Vabadussoja_Ajaloo_Komitee, lk 15
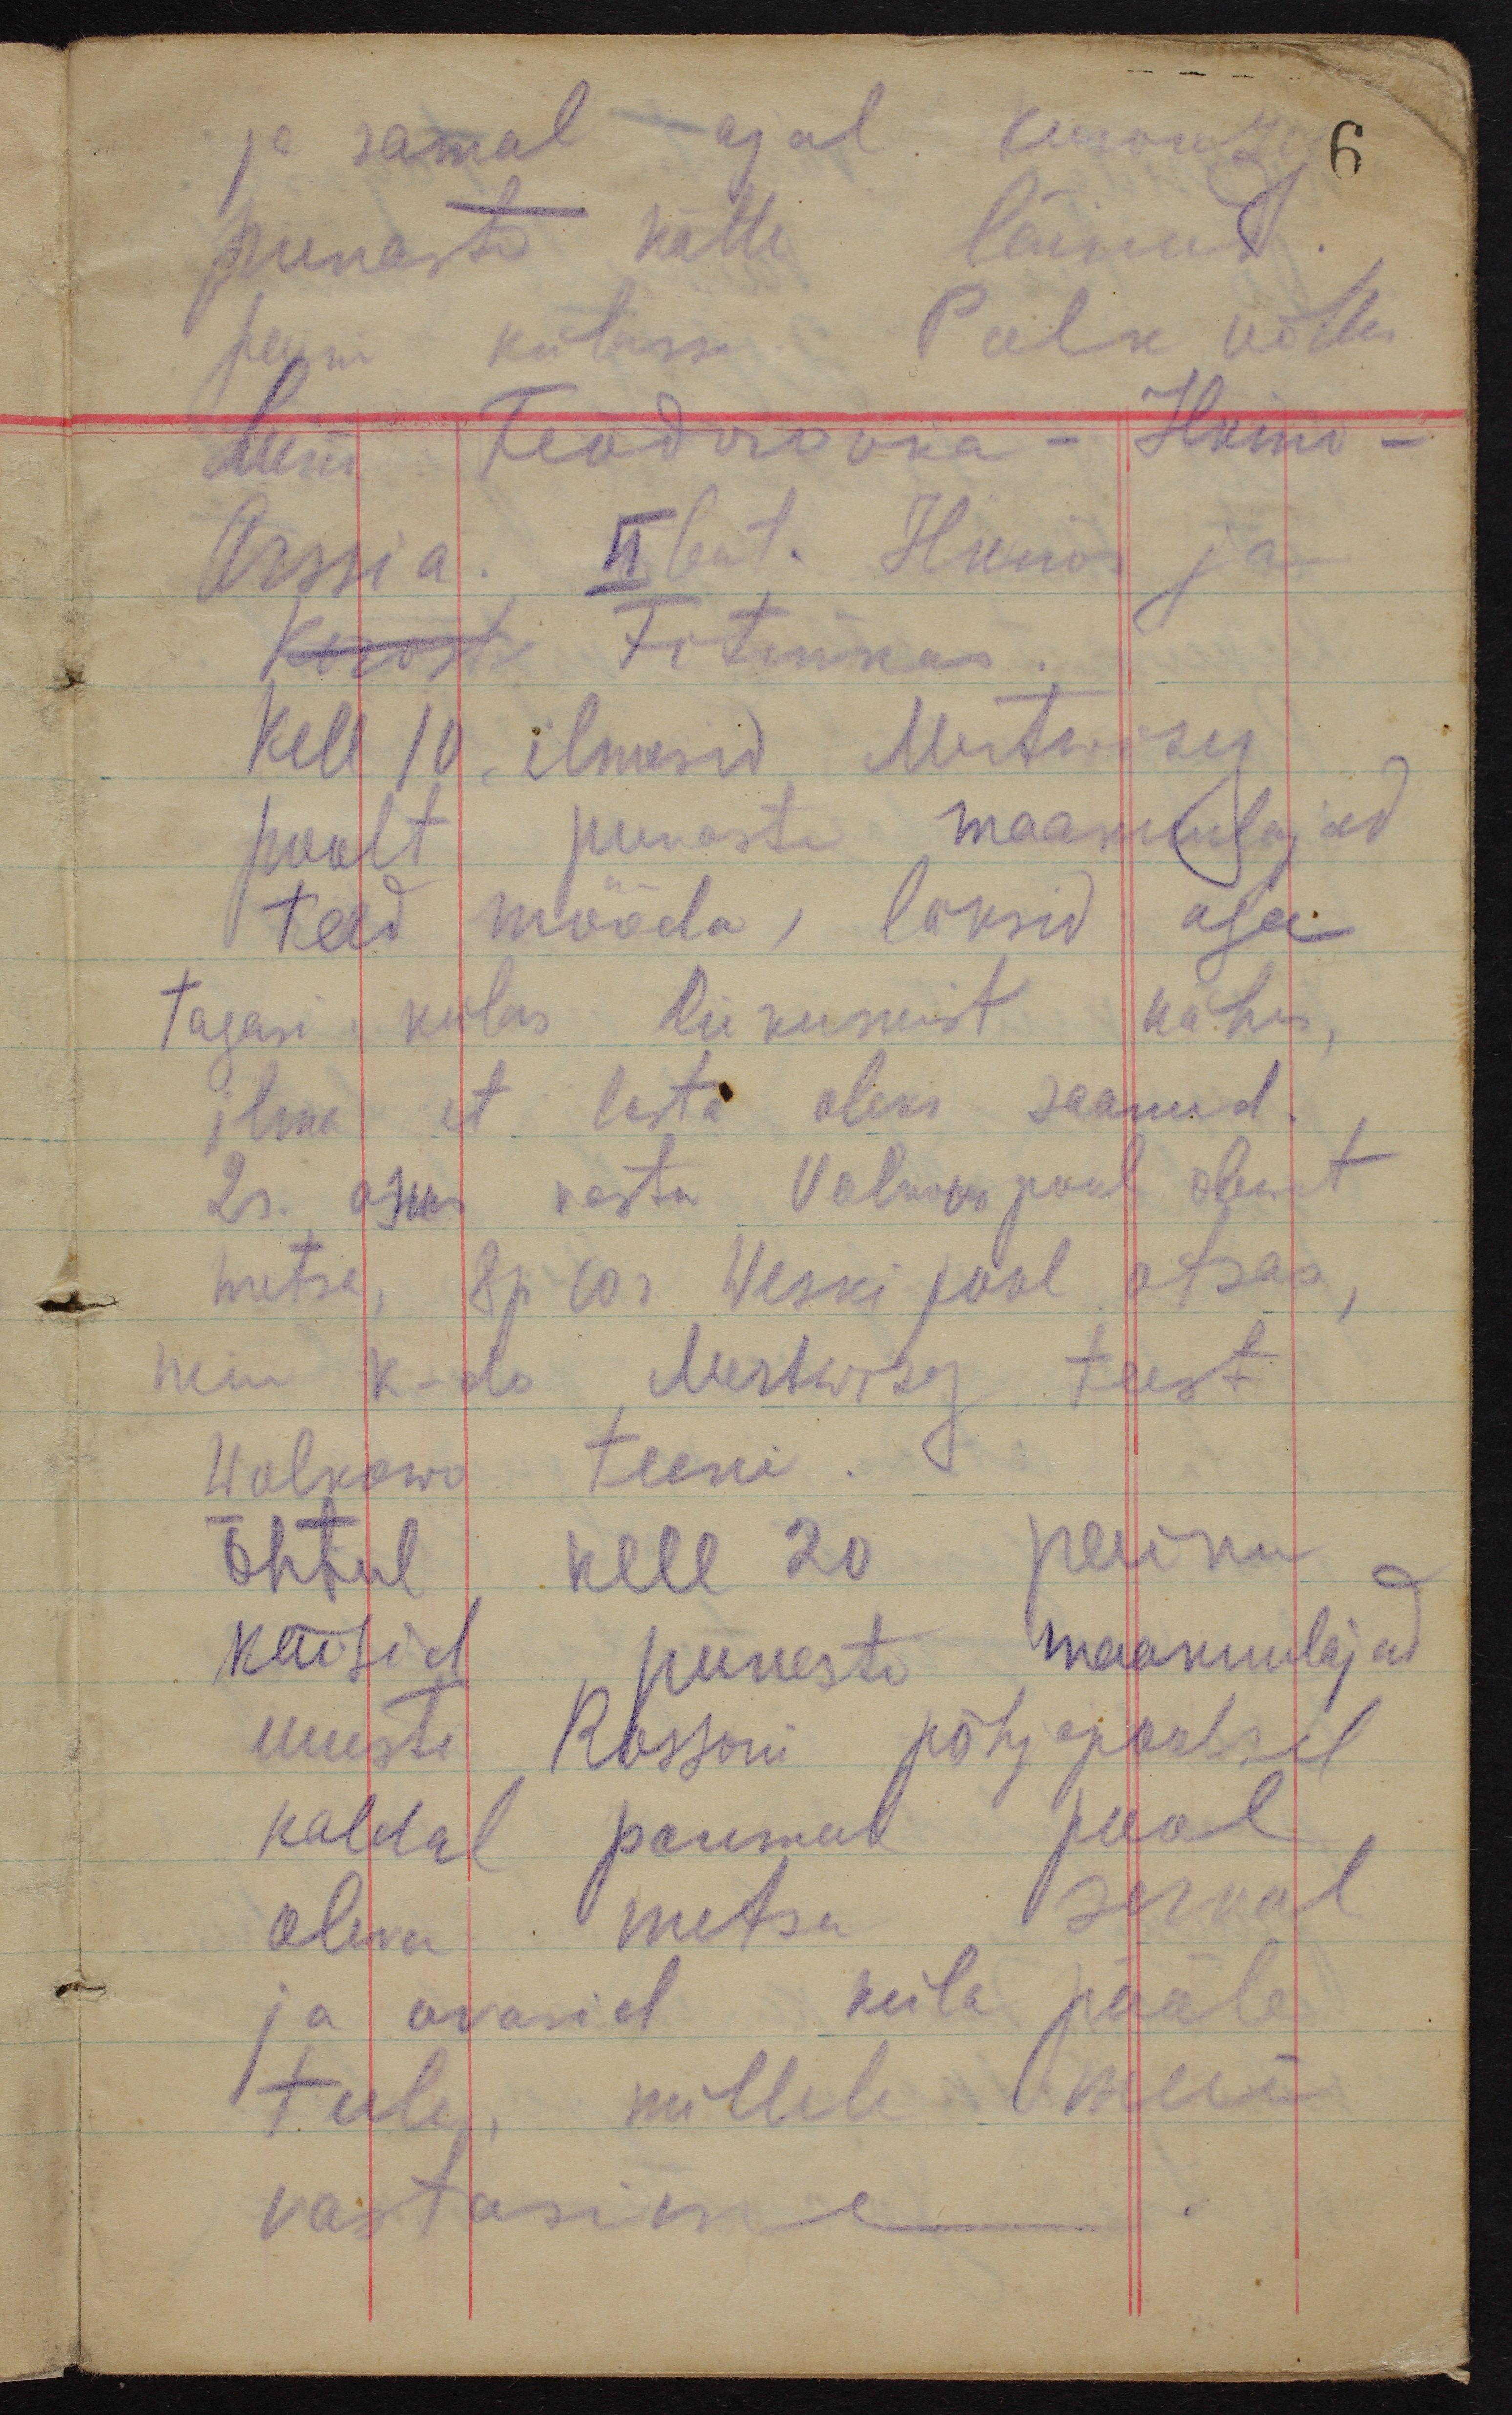
ja samal ajal Kurowiza
6
punaste kätte läinud.
Saime külasse Polk võttis
Liini Feodorovka - Ilkino -
Arssia. II bat. Ilkino ja
Korosti Fitinkas.
Kell 10 ilmusid Mertwizy
poolt punaste maakuulajad
teed mööda, läksid aga
tagasi. külas liikumist kohas,
ilma, et lasta oleks saanud.
2 r. asus vastu Volkovo pool olevat
metsa, 8p 10r Weski pool otsas,
minu k-do Mertwizy teest
Wolkowo teeni.
Õhtul kell 20 paiku
käisid puneste maakuulajad
uuesti Rossoni põhjapoolsel
kaldal paremal pool
oleva metsa serval
ja avasid küla pääle
tule, millele meie
vastasime.